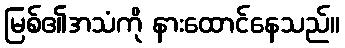
မြစ်၏အသံကို နားထောင်နေသည်။